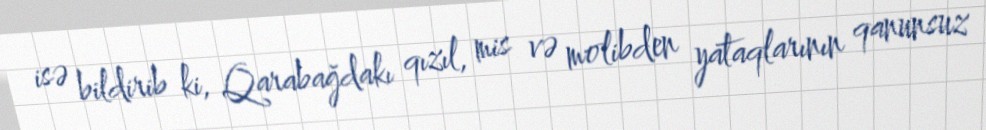
isə bildirib ki, Qarabağdakı qızıl, mis və molibden yataqlarının qanunsuz